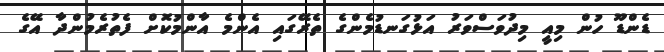
ޑެންޑޫ ހުން މިއީ މިދުވަސްވަރު އަޅުގަނޑުމެންގެ ތެރޭގައި އެންމެ އާންމުކޮށް ފެތުރެމުންދާ އޭގެ